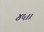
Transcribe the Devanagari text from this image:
४५।।